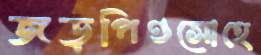
জড়পিণ্ডসোহে